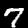
Label: 7